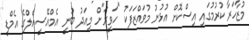
މުޒާހަރާ ކުރުމުގައި އިސްކޮށް އުޅުނު މުވައްޒަފަކު "ހަވީރަ"ށް މިއަދު ބުނީ އެމްއޭސީއެލްގެ އެމްޑީ